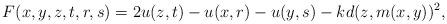
LaTeX: \begin{align*}F(x, y, z, t, r, s) = 2 u(z, t)-u(x, r)-u(y, s)-k d(z, m(x, y))^2,\end{align*}